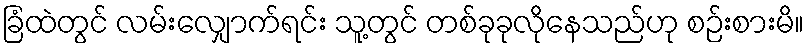
ခြံထဲတွင် လမ်းလျှောက်ရင်း သူ့တွင် တစ်ခုခုလိုနေသည်ဟု စဉ်းစားမိ။